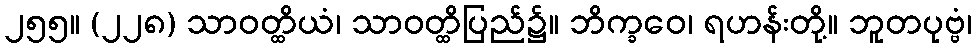
၂၅၅။ (၂၂၈) သာဝတ္ထိယံ၊ သာဝတ္ထိပြည်၌။ ဘိက္ခဝေ၊ ရဟန်းတို့။ ဘူတပုဗ္ဗံ၊